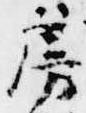
房